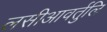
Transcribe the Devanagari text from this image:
लसीआवर्तुलि